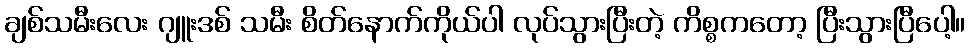
ချစ်သမီးလေး ဂျူးဒစ် သမီး စိတ်နောက်ကိုယ်ပါ လုပ်သွားပြီးတဲ့ ကိစ္စကတော့ ပြီးသွားပြီပေါ့။